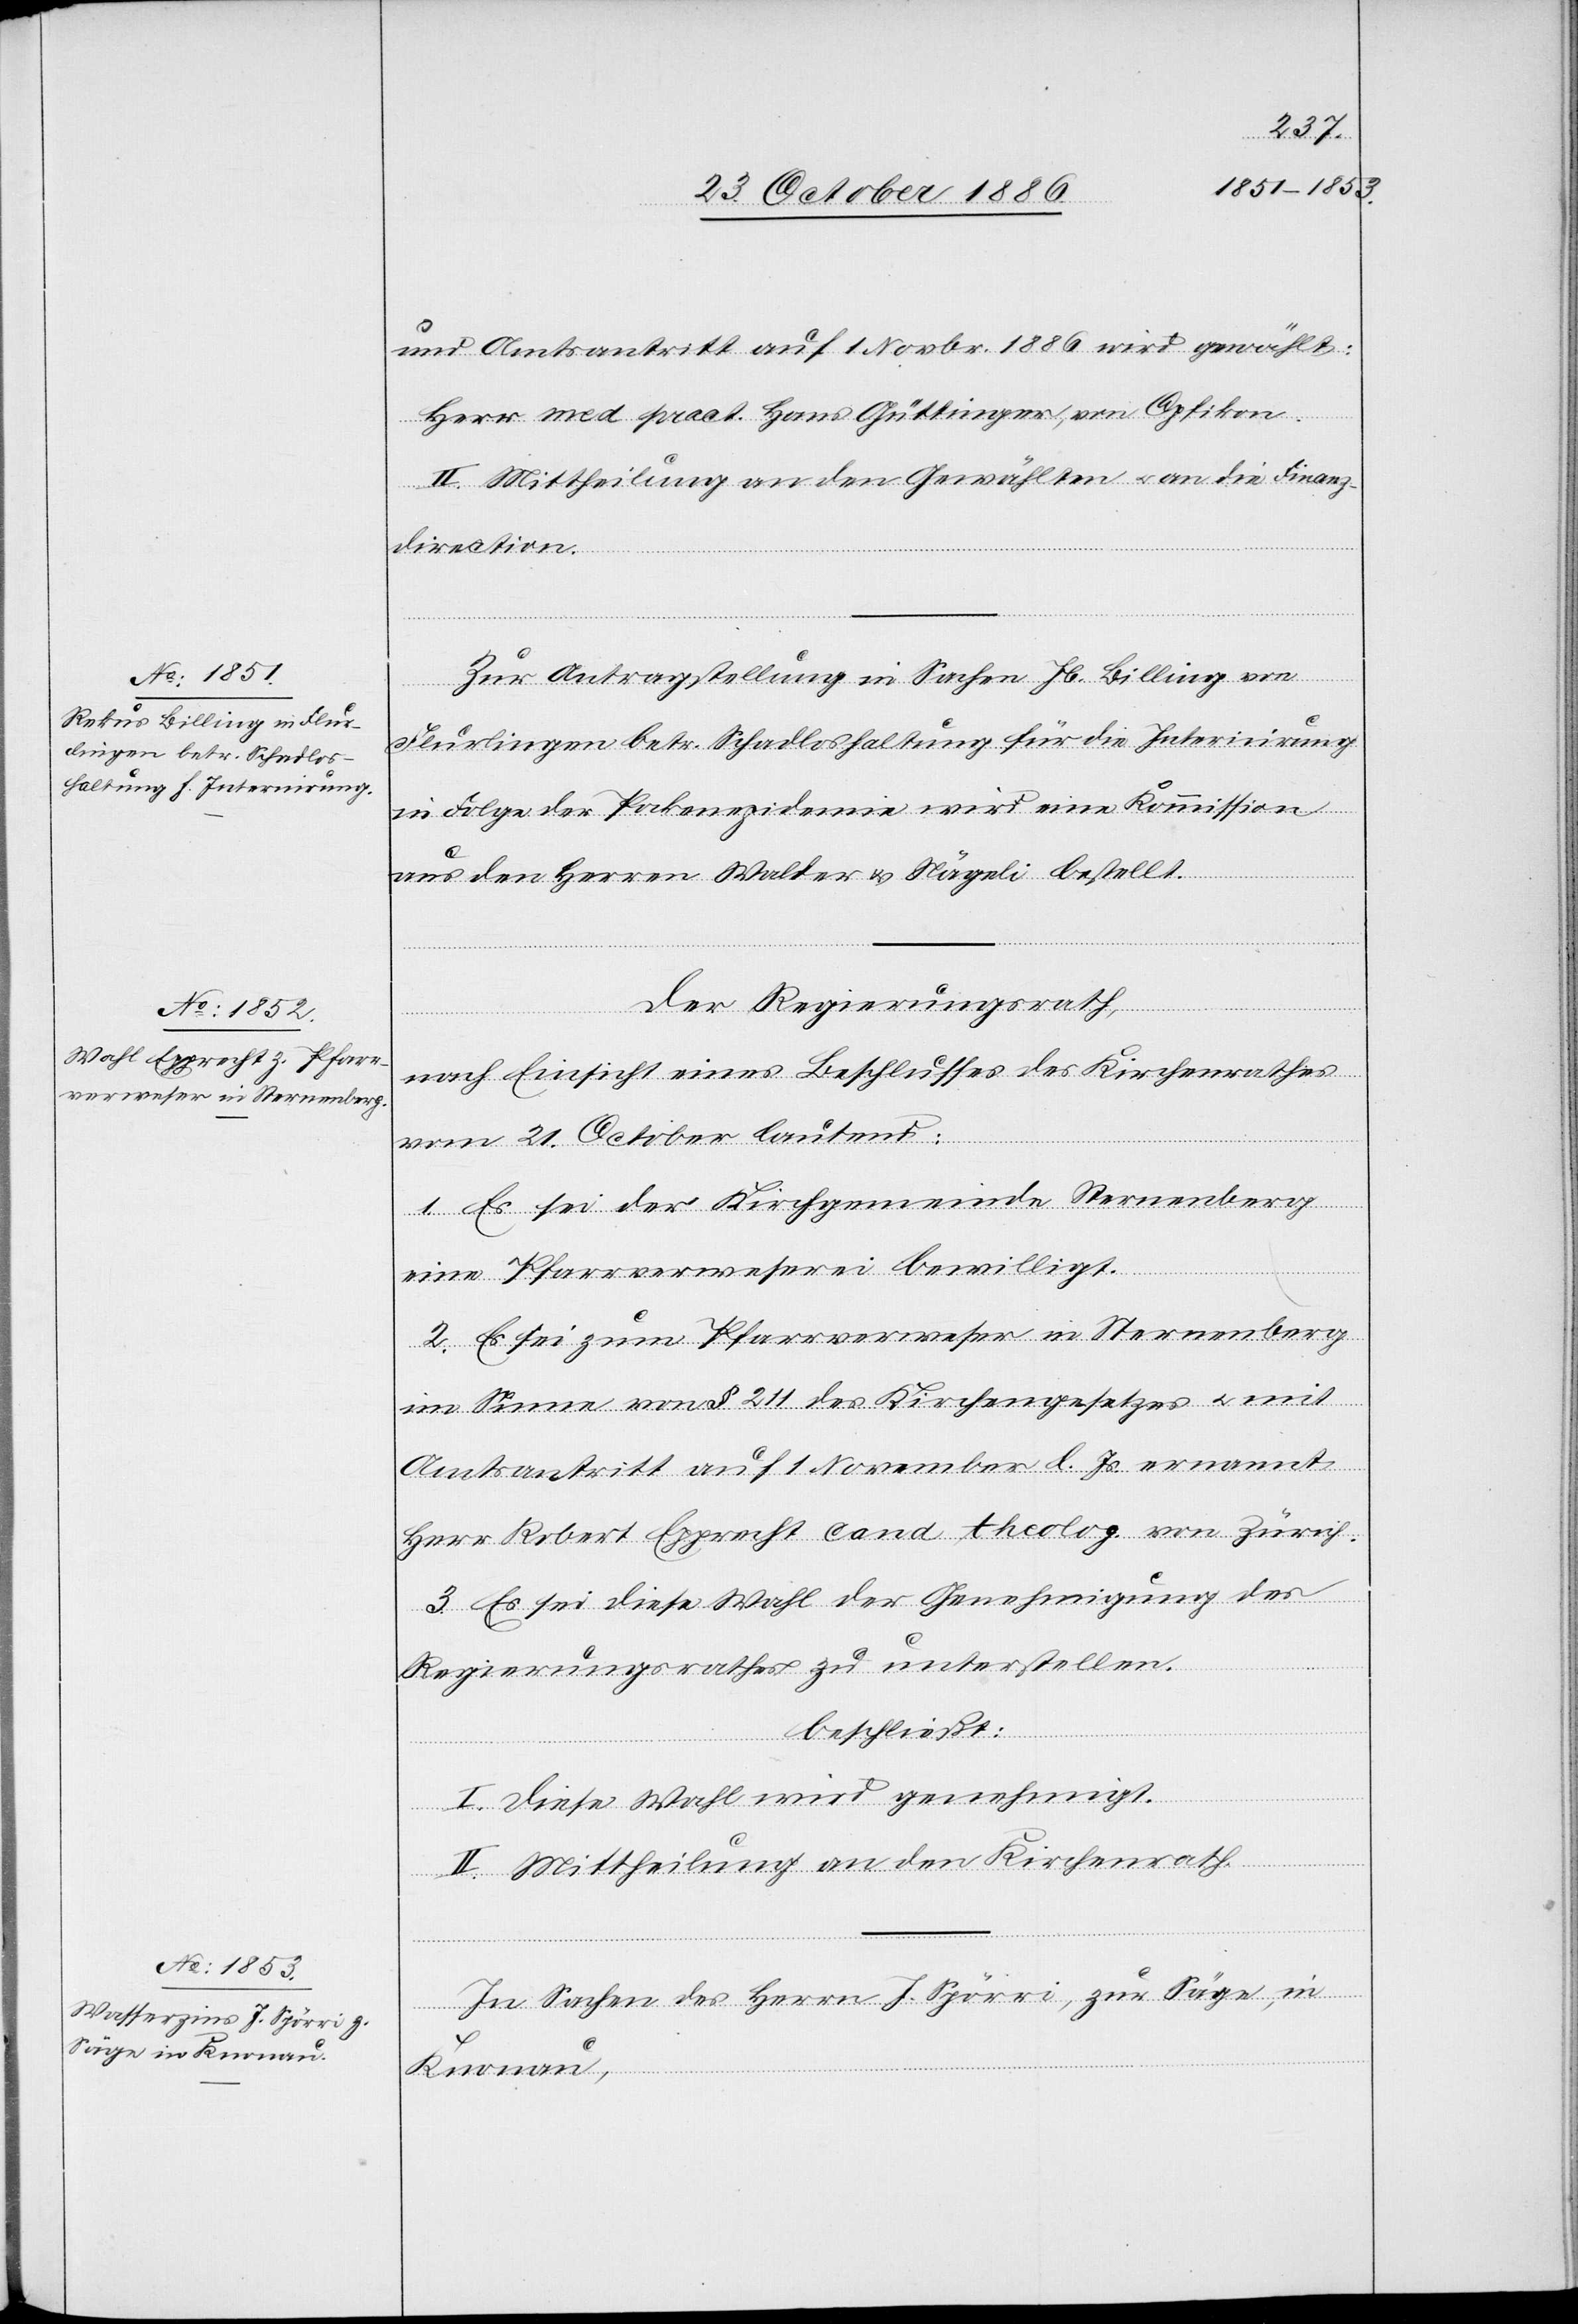
und Amtsantritt auf 1. Novbr. 1886 wird gewählt:
Herr med. pract. Hans Güttinger, von Opfikon.
II. Mittheilung an den Gewählten & an die Finanz¬
direction.
Zur Antragstellung in Sachen Jb. Billing von
Flurlingen betr. Schadloshaltung für die Internirung
in Folge der Pockenepidemie wird eine Kommission
aus den Herren Walder & Nägeli bestellt.
Der Regierungsrath,
nach Einsicht eines Beschlusses des Kirchenrathes
vom 21. October lautend:
1. Es sei der Kirchgemeinde Sternenberg
eine Pfarrverweserei bewilligt.
2. Es sei zum Pfarrverweser in Sternenberg
im Sinne von § 211 des Kirchengesetzes & mit
Amtsantritt auf 1. November l. Js. ernannt
Herr Robert Epprecht cand. theolog. von Zürich.
3. Es sei diese Wahl der Genehmigung des
Regierungsrathes zu unterstellen.
beschließt:
I. Diese Wahl wird genehmigt.
II. Mittheilung an den Kirchenrath.
In Sachen des Herrn J. Spörri, zur Säge, in
Knonau,